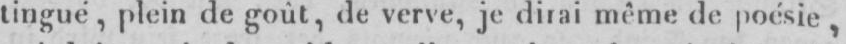
tingué, plein de goût, de verve, je dirai même de poésie,